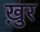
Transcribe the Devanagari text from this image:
ख़ुर